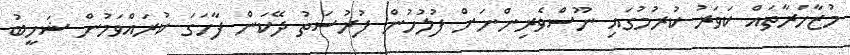
މުޒާހަރާތައް ކަވަރު ކުރުމުގައި ނޫސްވެރިންނަށް ފުލުހުން ފުރުސަތު ދޭކަން ފާހަގަ ކުރައްވަމުން ޝަހީބު